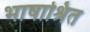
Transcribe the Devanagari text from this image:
भाषाश्रित